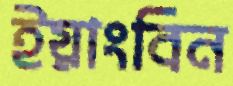
ইয়াংবিন